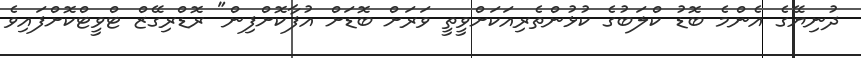
ދުނިޔޭގެ އެންމެ ބޮޑު ކްލަބުގެ ކުޅުންތެރިއަކަށްވީތީ ވަރަށް ބޮޑަށް އުފާކޮށްފިން" ރޮޑްރިގޭޒް ޓްވީޓްކޮށްފައިވެ